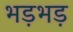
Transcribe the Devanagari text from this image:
भड़भड़